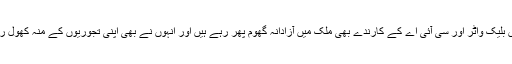
علاوہ ازیں بلیک واٹر اور سی آئی اے کے کارندے بھی ملک میں آزادانہ گھوم پھر رہے ہیں اور انہوں نے بھی اپنی تجوریوں کے منہ کھول رکھے ہیں۔